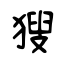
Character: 獀